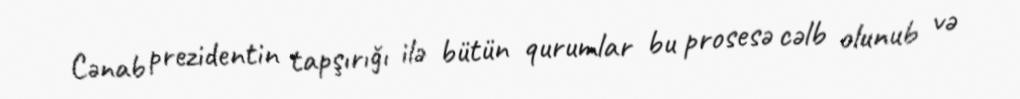
Cənab prezidentin tapşırığı ilə bütün qurumlar bu prosesə cəlb olunub və